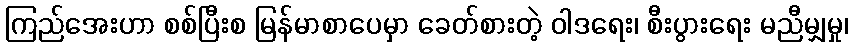
ကြည်အေးဟာ စစ်ပြီးစ မြန်မာစာပေမှာ ခေတ်စားတဲ့ ဝါဒရေး၊ စီးပွားရေး မညီမျှမှု၊